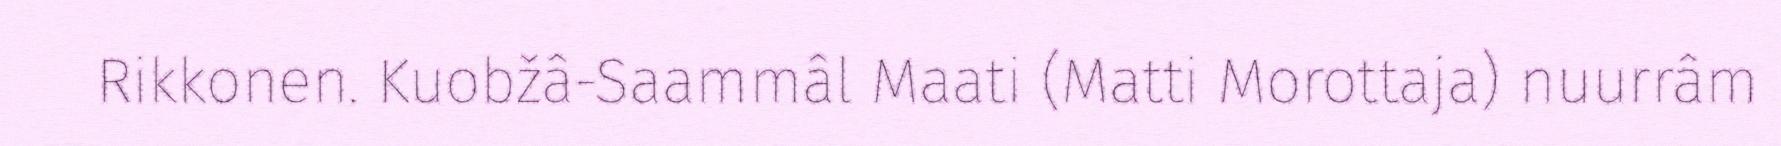
Rikkonen. Kuobžâ-Saammâl Maati (Matti Morottaja) nuurrâm